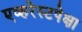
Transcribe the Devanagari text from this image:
एव्हरेस्टपेक्षा